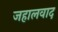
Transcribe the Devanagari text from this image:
जहालवाद